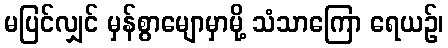
မပြင်လျှင် မှန်စွာမျောမှာမို့ သံသာကြော ရေယဉ်၊